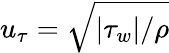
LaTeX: u_{\tau}=\sqrt{|\tau_{w}|/\rho}